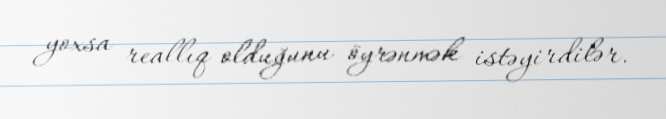
yoxsa reallıq olduğunu öyrənmək istəyirdilər.